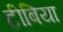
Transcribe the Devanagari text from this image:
टीबिया